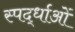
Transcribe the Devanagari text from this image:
स्पर्द्धाओं